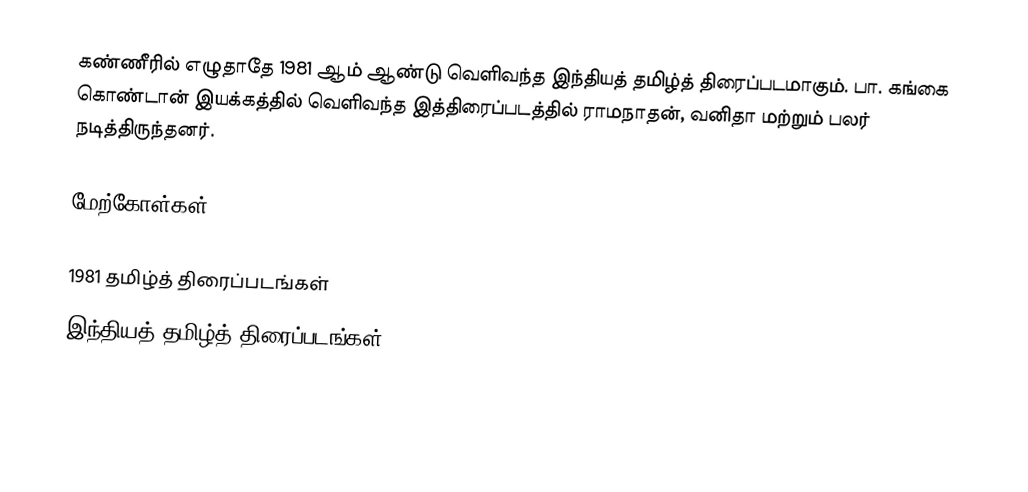
கண்ணீரில் எழுதாதே 1981 ஆம் ஆண்டு வெளிவந்த இந்தியத் தமிழ்த் திரைப்படமாகும். பா. கங்கை கொண்டான் இயக்கத்தில் வெளிவந்த இத்திரைப்படத்தில் ராமநாதன், வனிதா மற்றும் பலர் நடித்திருந்தனர்.

மேற்கோள்கள்

1981 தமிழ்த் திரைப்படங்கள்
இந்தியத் தமிழ்த் திரைப்படங்கள்